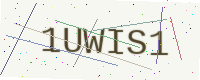
Text: 1UWIS1